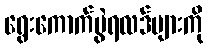
ရွေးကောက်ပွဲရလဒ်များကို